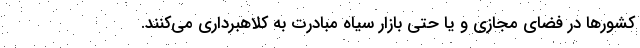
کشورها در فضای مجازی و یا حتی بازار سیاه مبادرت به کلاهبرداری می‌کنند.